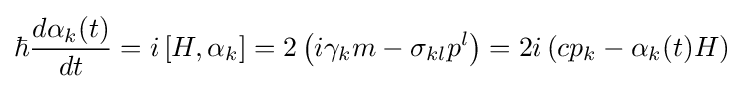
\hbar {\frac {d\alpha _{k}(t)}{dt}}=i\left[H,\alpha _{k}\right]=2\left(i\gamma _{k}m-\sigma _{kl}p^{l}\right)=2i\left(cp_{k}-\alpha _{k}(t)H\right)